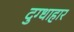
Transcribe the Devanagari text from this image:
दुग्धाहार